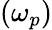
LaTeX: \left(\omega_{p}\right)